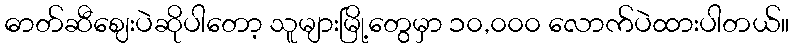
ဓာတ်ဆီဈေးပဲဆိုပါတော့ သူများမြို့တွေမှာ ၁၀,၀၀၀ လောက်ပဲထားပါတယ်။